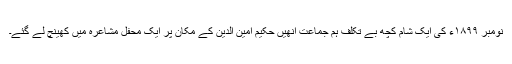
نومبر ١٨٩٩ء کی ایک شام کچھ بے تکلف ہم جماعت انھیں حکیم امین الدین کے مکان پر ایک محفلِ مشاعرہ میں کھینچ لے گئے۔